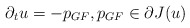
\begin{align*}\partial_t u = - p_{GF}, p_{GF} \in \partial J(u)\end{align*}